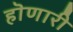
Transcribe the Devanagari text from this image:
हॊणारी